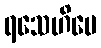
ရသေဟိပေ